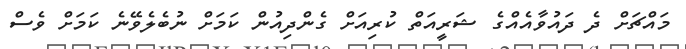
މައްޗަށް ދެ ދައުވާއެއްގެ ޝަރީއަތް ކުރިއަށް ގެންދިއުން ކަމަށް ނުބެލެވޭނެ ކަމަށް ވެސް